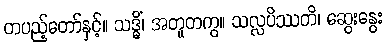
တပည့်တော်နှင့်။ သဒ္ဓိံ၊ အတူတကွ။ သလ္လပိဿတိ၊ ဆွေးနွေး